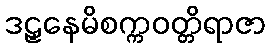
ဒဠှနေမိစက္ကဝတ္တိရာဇာ